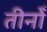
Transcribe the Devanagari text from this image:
तीनोँ